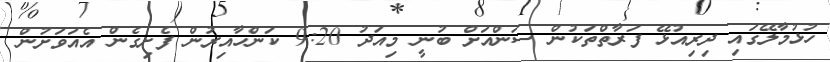
ހުޅުމާލޭގައި ދިރިއުޅޭ ފަރާތްތަކުން ސަންއަށް ބުނީ މިއަދު 9:20 ކަންހާއިރުން ފެށިގެން އެއަވަށުން